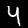
Label: 4